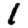
Digit: 1